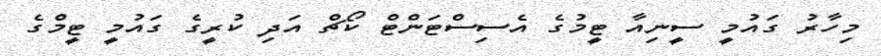
މިހާރު ގައުމީ ސީނިއާ ޓީމުގެ އެސިސްޓަންޓް ކޯޗް އަދި ކުރީގެ ގައުމީ ޓީމްގެ